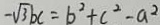
- \sqrt { 3 } b c = b ^ { 2 } + c ^ { 2 } - a ^ { 2 }